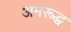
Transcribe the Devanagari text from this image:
अमरूद्ध